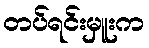
တပ်ရင်းမှူးက